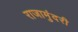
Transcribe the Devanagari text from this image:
राजामुंदरी